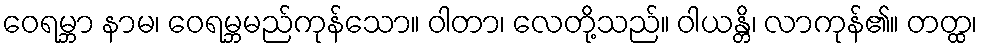
ဝေရမ္ဘာ နာမ၊ ဝေရမ္ဘမည်ကုန်သော။ ဝါတာ၊ လေတို့သည်။ ဝါယန္တိ၊ လာကုန်၏။ တတ္ထ၊